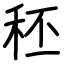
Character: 秠